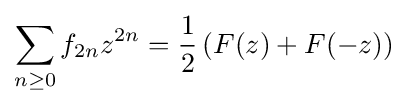
\sum _{n\geq 0}f_{2n}z^{2n}={\frac {1}{2}}\left(F(z)+F(-z)\right)